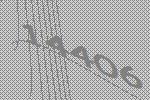
14406